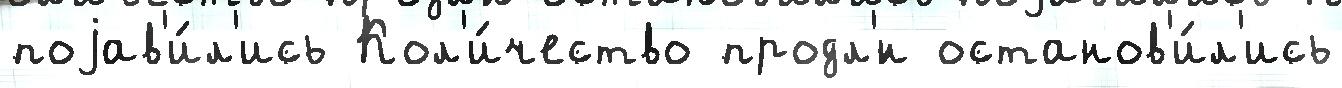
поjав'и́л'ись Кол'и́чество продл'́н останов'и́л'ись